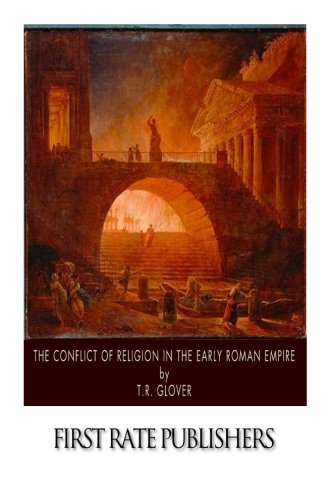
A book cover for The Conflict of Religion in the Early Roman Empire; T.R. Glover; Literature & Fiction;